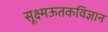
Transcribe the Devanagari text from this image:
सूक्ष्मऊतकविज्ञान